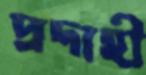
প্রদাহী